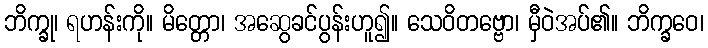
ဘိက္ခု၊ ရဟန်းကို။ မိတ္တော၊ အဆွေခင်ပွန်းဟူ၍။ သေဝိတဗ္ဗော၊ မှီဝဲအပ်၏။ ဘိက္ခဝေ၊